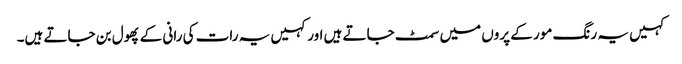
کہیں یہ رنگ مور کے پروں میں سمٹ جاتے ہیں اور کہیں یہ رات کی رانی کے پھول بن جاتے ہیں۔